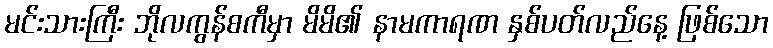
မင်းသားကြီး ဘိုလကွန်စကီမှာ မိမိ၏ နာမကာရဏ နှစ်ပတ်လည်နေ့ ဖြစ်သော